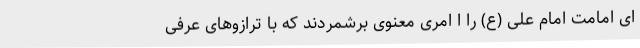
ای امامت امام علی (ع) را ا امری معنوی برشمردند که با ترازوهای عرفی